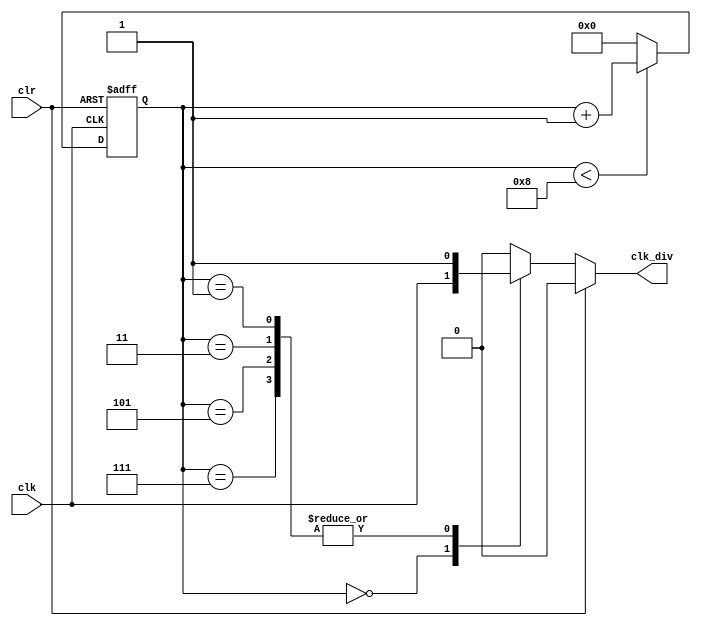
module fdiv_9_5 (
    input clk,
    input clr,
    output reg clk_div
);
    reg [4:0] cnt0;
    always@(posedge clk or posedge clr)begin
        if(clr)
            cnt0 <= 0;
        else
            begin
                if(cnt0 < 8)
                    cnt0 <= cnt0 + 1'b1;
                else
                    cnt0 <= 0;
            end  
    end
    always@(*)
        begin
            if(clr)
                clk_div = 0;
            else
                case (cnt0)
                    5'b00000:clk_div = clk;
                    5'b00010,5'b00100,5'b00110,5'b01000 : clk_div = 1'b0;
                    5'b00001,5'b00011,5'b00101,5'b00111 : clk_div = 1'b1;
                    default: clk_div = 0;
                endcase
        end
endmodule